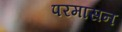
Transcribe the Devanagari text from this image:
परमासन